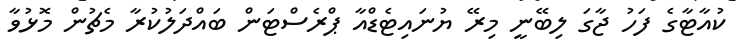
ކުއާޓާގެ ފަހު ޖާގަ ލިބޭނީ މިރޭ ޔުނައިޓެޑްއާ ޕްރެސްޓަން ބައްދަލުކުރާ މެޗުން މޮޅުވާ